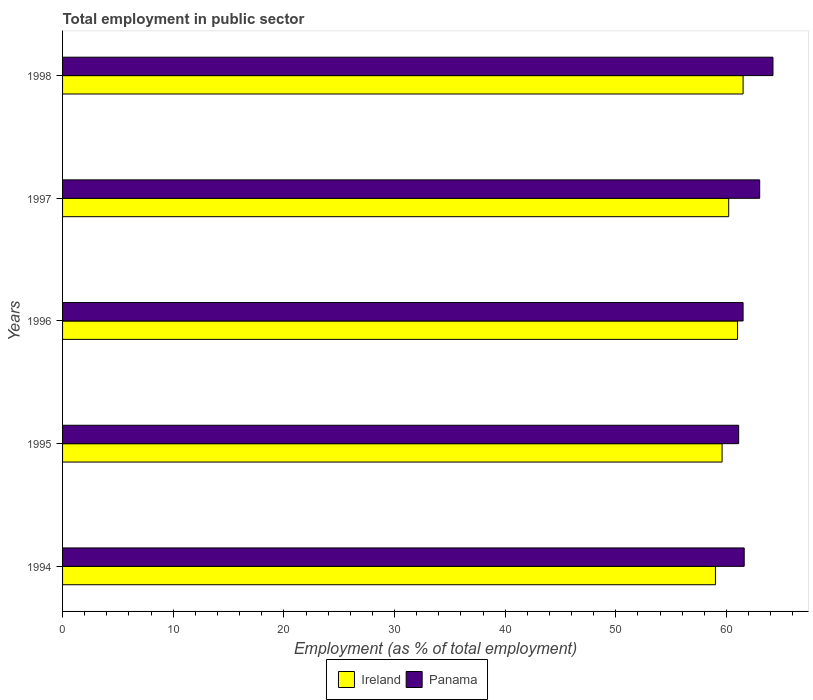
| Years | Ireland | Panama |
 | --- | --- | --- |
 | 1994 | 59 | 61.6 |
 | 1995 | 59.6 | 61.1 |
 | 1996 | 61 | 61.5 |
 | 1997 | 60.2 | 63 |
 | 1998 | 61.5 | 64.2 |